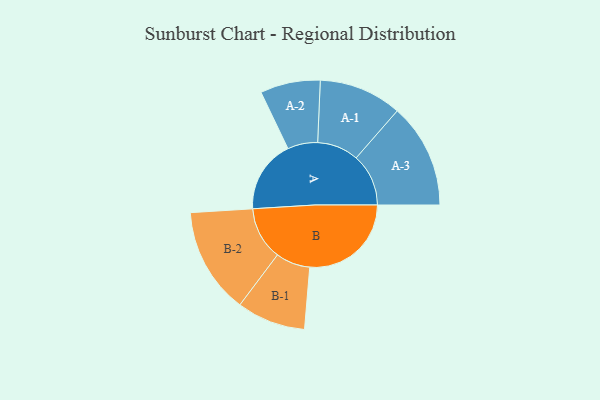
{"axis": {"x": "Segment", "y": "Value"}, "legend": ["", "A", "B"], "data": [{"x": "A", "y": 300, "type": ""}, {"x": "B", "y": 419, "type": ""}, {"x": "A-1", "y": 171, "type": "A"}, {"x": "A-2", "y": 124, "type": "A"}, {"x": "A-3", "y": 216, "type": "A"}, {"x": "B-1", "y": 142, "type": "B"}, {"x": "B-2", "y": 219, "type": "B"}]}